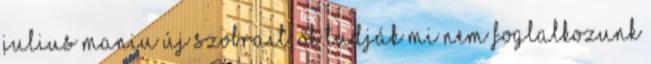
Julius Maniu új szobrait. Ők tudják mi nem foglalkozunk